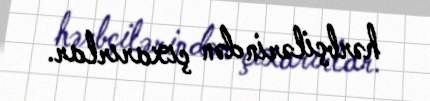
hərbçilərindən çıxarırlar.